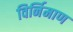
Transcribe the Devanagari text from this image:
विर्निमाण